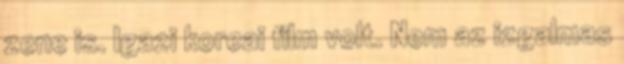
zene is. Igazi koreai film volt. Nem az izgalmas